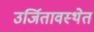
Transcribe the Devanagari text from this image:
उर्जितावस्थेत